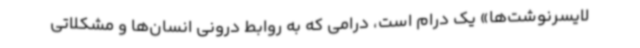
لایسرنوشت‌ها» یک درام است‌، درامی که به روابط درونی انسان‌ها و مشکلاتی